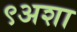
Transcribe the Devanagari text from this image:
९अशा